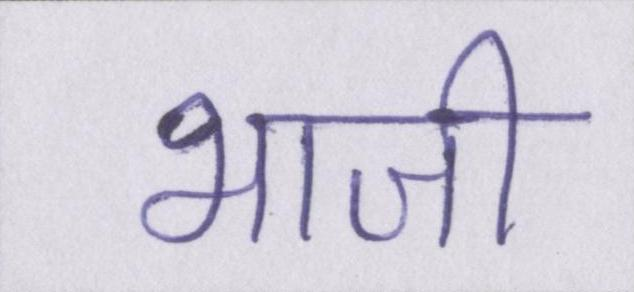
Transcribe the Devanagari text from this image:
भाजी